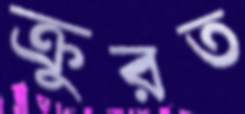
ক্রুরত